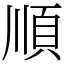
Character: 順